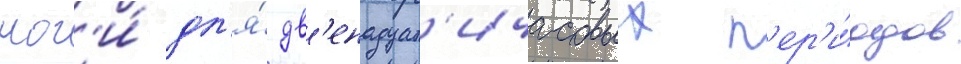
ног'и́ дл'я́ дв'енадцат'ичасовых п'ер'и́одов